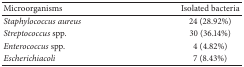
<table><thead><tr><td><b>Microorganisms </b></td><td><b>Isolated bacteria</b></td></tr></thead><tbody><tr><td><i>Staphylococcus aureus</i></td><td>24 (28.92%)</td></tr><tr><td><i>Streptococcus</i> spp.</td><td>30 (36.14%)</td></tr><tr><td><i>Enterococcus</i> spp.</td><td>4 (4.82%)</td></tr><tr><td><i>Escherichiacoli</i></td><td>7 (8.43%)</td></tr></tbody></table>